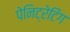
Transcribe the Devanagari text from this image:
पेनिट्रेटिंग